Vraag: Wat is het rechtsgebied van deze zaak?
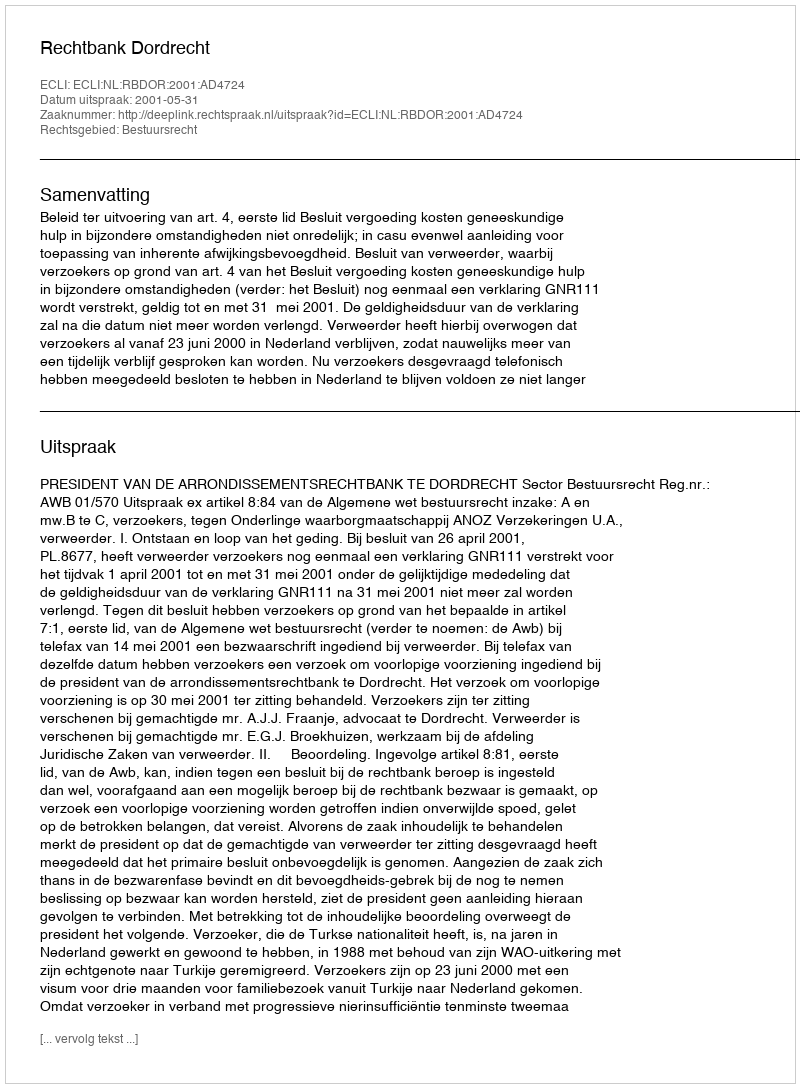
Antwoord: Bestuursrecht